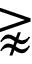
\gnapprox